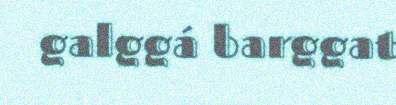
galggá barggat